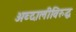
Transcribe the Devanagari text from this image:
अब्दालीविरुद्ध